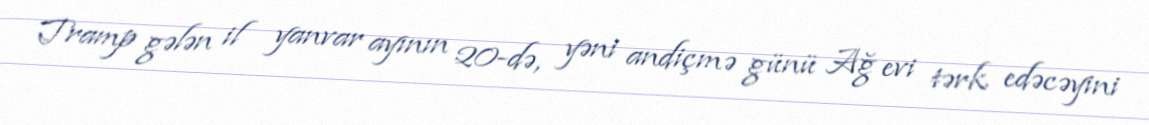
Tramp gələn il yanvar ayının 20-də, yəni andiçmə günü Ağ evi tərk edəcəyini